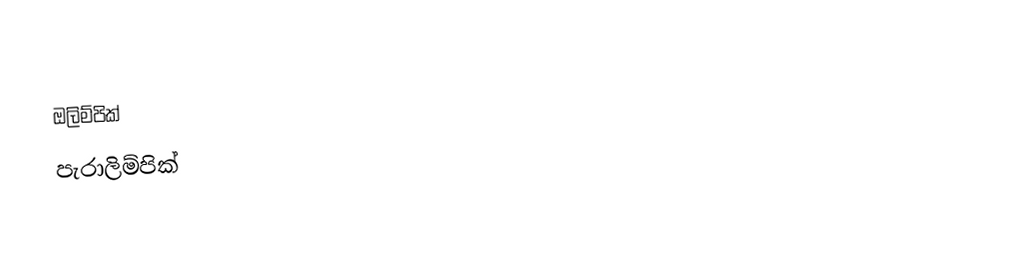
ඔලිම්පික්
පැරාලිම්පික්